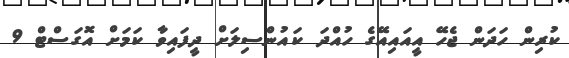
ކުރިން ހަދަން ޖެހޭ އީއައިއޭގެ ހުއްދަ ކައުންސިލަށް ދީފައިވާ ކަމަށް އޮގަސްޓް 9